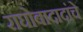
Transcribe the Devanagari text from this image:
राघोबादादांचे